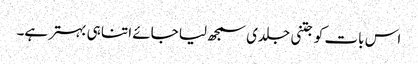
اس بات کو جتنی جلدی سمجھ لیا جائے اتنا ہی بہتر ہے۔